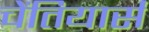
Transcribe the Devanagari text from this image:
चेंतियार्स